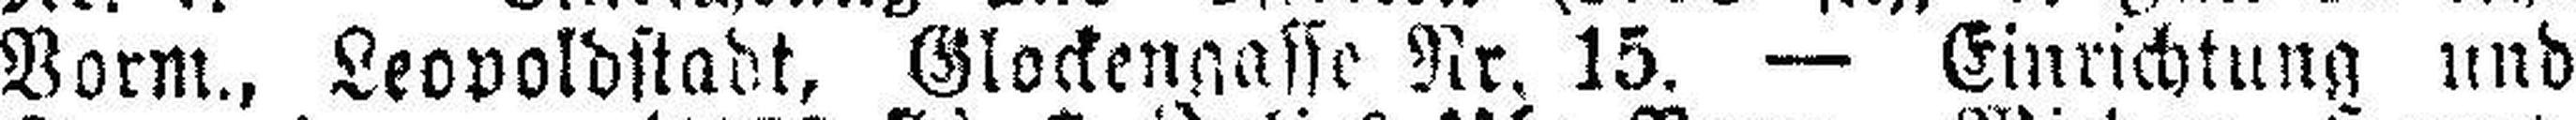
Vorm., Leopoldstadt, Glockengasse Nr. 15. — Einrichtung und